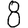
Digit: 8